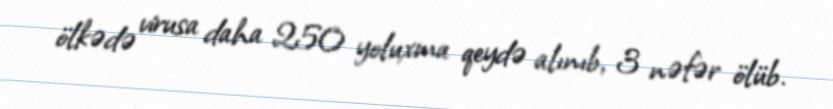
ölkədə virusa daha 250 yoluxma qeydə alınıb, 3 nəfər ölüb.